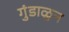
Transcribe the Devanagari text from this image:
गुंडाळुन